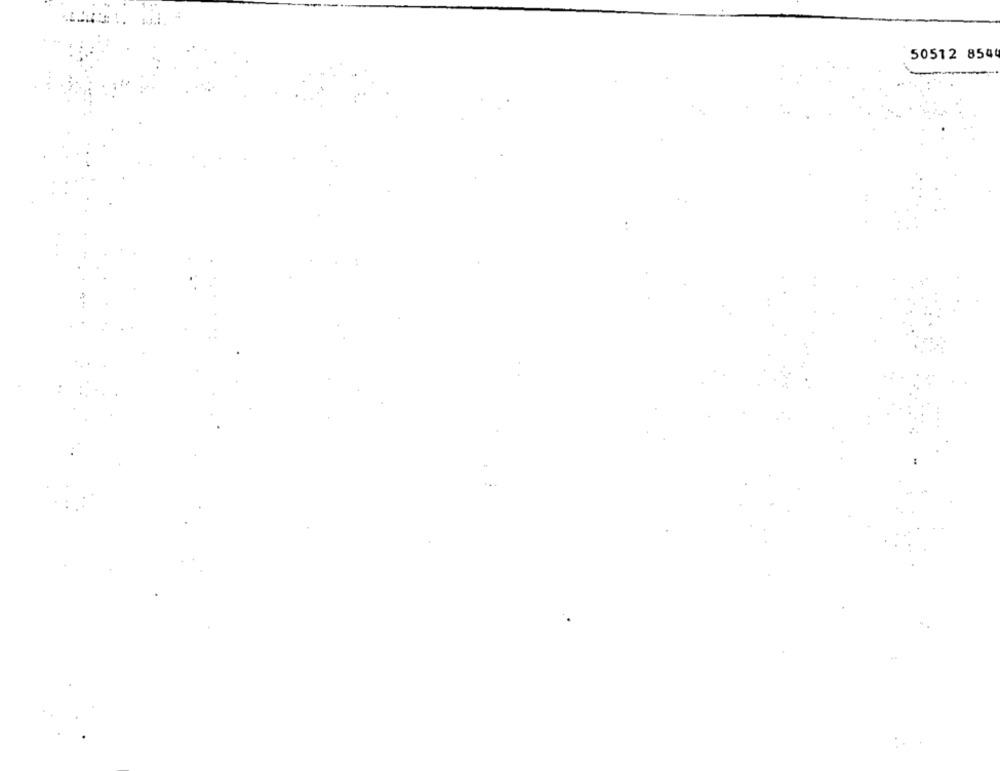
50512 8544